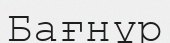
Бағнұр